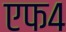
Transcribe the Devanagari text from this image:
एफ४